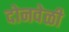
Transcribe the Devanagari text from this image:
दोनवेळी